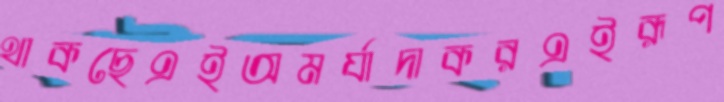
থাকছেএইঅমর্যাদাকরএইরূপ